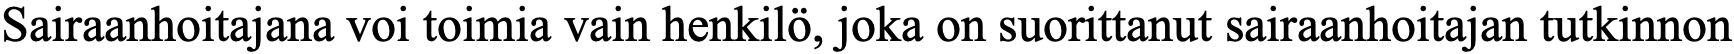
Sairaanhoitajana voi toimia vain henkilö, joka on suorittanut sairaanhoitajan tutkinnon